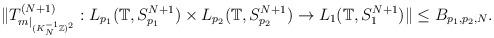
LaTeX: \begin{align*}\Vert T_{ m\vert_{ (K_N^{-1} \mathbb{Z})^2} }^{(N+1)}: L_{p_1}(\mathbb{T}, S_{p_1}^{N+1}) \times L_{p_2}(\mathbb{T}, S_{p_2}^{N+1} ) \rightarrow L_{1}(\mathbb{T}, S_{1}^{N+1})\Vert\leq B_{p_1, p_2,N}.\end{align*}